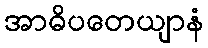
အာဓိပတေယျာနံ